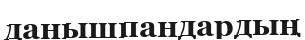
данышпандардың